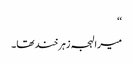
‘‘
میرا لہجہ زہرخند تھا۔